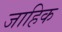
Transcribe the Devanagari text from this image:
जाहिक